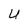
Character: U